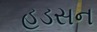
હડસન